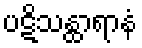
ပဋိသန္ထာရာနံ